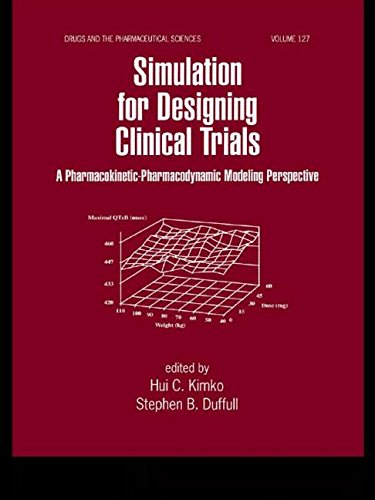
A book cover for Simulation for Designing Clinical Trials: A Pharmacokinetic-Pharmacodynamic Modeling Perspective (Drugs and the Pharmaceutical Sciences); Medical Books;